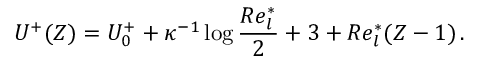
U ^ { + } ( Z ) = U _ { 0 } ^ { + } + \kappa ^ { - 1 } \log \frac { R e _ { l } ^ { * } } { 2 } + 3 + R e _ { l } ^ { * } ( Z - 1 ) \, .